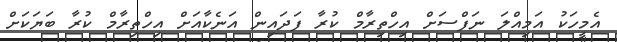
އެމީހަކު އަމިއްލަ ނަފްސަށް އިހްތިރާމް ކުރާ ފަދައިން އަނެކާއަށް އިހްތިރާމް ކުރާ ބަޔަކަށް